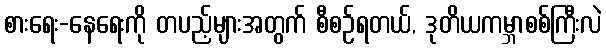
စားရေး-နေရေးကို တပည့်များအတွက် စီစဉ်ရတယ်, ဒုတိယကမ္ဘာစစ်ကြီးလဲ